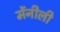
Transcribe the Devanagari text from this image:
मेंनीली